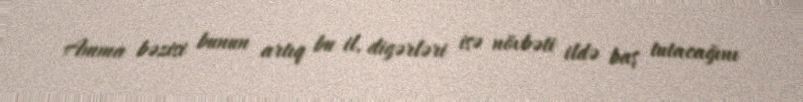
Amma bəzisi bunun artıq bu il, digərləri isə növbəti ildə baş tutacağını